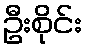
ဦးစိုင်း